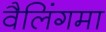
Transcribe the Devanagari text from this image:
वैलिंगमा